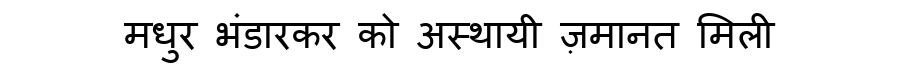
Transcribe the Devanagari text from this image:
मधुर भंडारकर को अस्थायी ज़मानत मिली